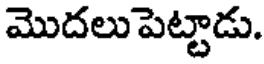
మొదలుపెట్టాడు.